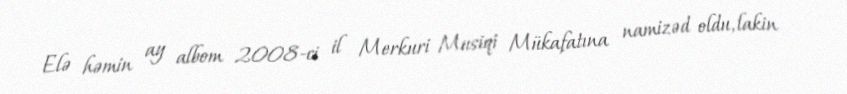
Elə həmin ay albom 2008-ci il Merkuri Musiqi Mükafatına namizəd oldu, lakin